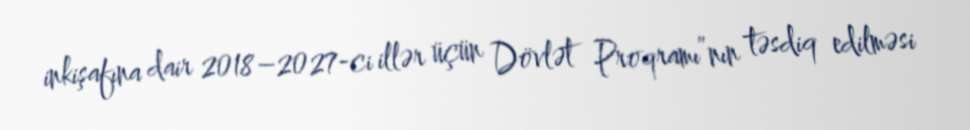
inkişafına dair 2018–2027-ci illər üçün Dövlət Proqramı”nın təsdiq edilməsi